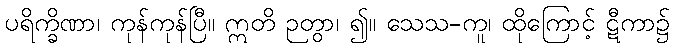
ပရိက္ခိဏာ၊ ကုန်ကုန်ပြီ။ ဣတိ ဉတွာ၊ ၍။ သေသ-ကူ၊ ထိုကြောင့် ဋီကာ၌